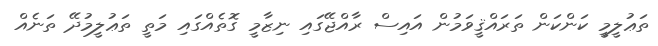
ތަޢުލީމީ ކަންކަން ތަރައްޤީވަމުން އައިސް ރާއްޖޭގައި ނިޒާމީ ގޮތެއްގައި މަތީ ތަޢުލީމުދޭ ތަނެއް